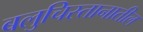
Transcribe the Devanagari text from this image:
बलुचिस्तानातील